Annual report on the lock hospitals of the Madras Presidency
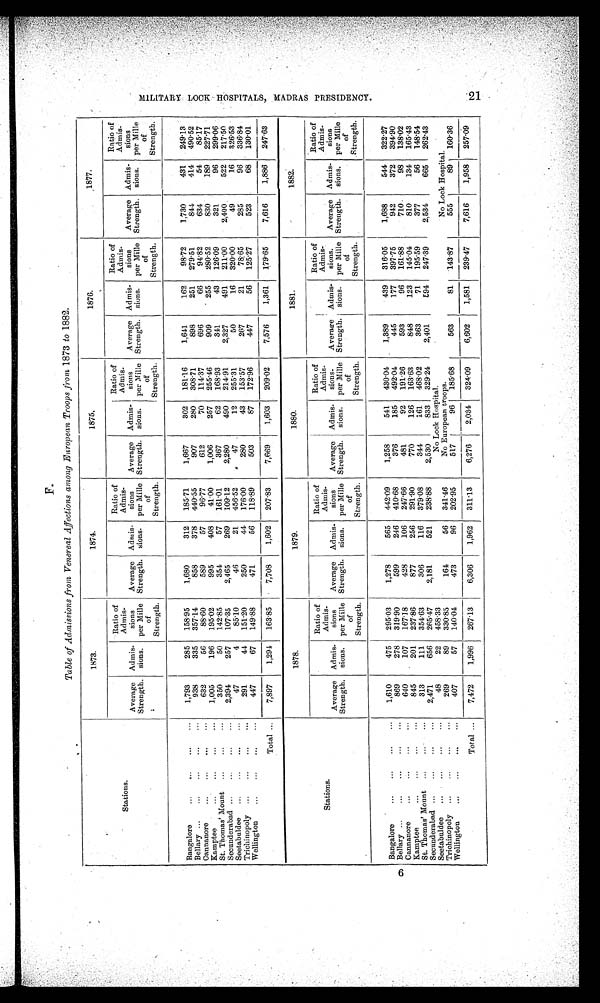
Stations.
1873.
1874.
1875.
1876.
1877.
Average
Strength.
Admis-
sions.
Ratio of
Admis-
sions
per Mille
of
Strength.
Average
Strength.
Admis-
sions.
Ratio of
Admis-
sions
per Mille
of
Strength.
Average
Strength.
Admis-
sions.
Ratio of
Admis-
sions
per Mille
of
Strength.
Average
Strength.
Admis-
sions.
Ratio of
Admis-
sions
per Mille
of
Strength.
Average
Strength.
Admis-
sions.
Ratio of
Admis-
sions
per Mille
of
Strength.
Bangalore
...
...
...
1,793
285
158.95
1,680
312
185.71
1,667
302
181.16
1,641
162
98.72
1,730
431
249.13
Bellary ...
...
...
...
...
938
335
357. 14
858
378
440.55
907
280
308.71
898
251
279.51
844
414
490.52
Cannanore
...
...
...
...
632
56
88.60
589
57
96.77
612
70
114.37
696
66
94.82
634
54
85.17
Kamptee
...
...
...
...
1,005
196
195.02
995
408
41.00
1,006
257
255.46
909
255
280.52
830
189
227.71
St. Thomas' Mount ...
...
...
350
50
142.85
354
57
161 .01
367
62
168.93
341
43
126.09
321
96
299.06
Secunderabad ...
...
...
2,394
257
107.35
2,465
269
109. 12
2,280
490
214 91
2,327
491
211.00
2,400.
522
217.50
Seetabuldee ...
...
...
...
47
4
85.10
46
21
456.52
47
12
255.31
50
16
320.00
49
16
326.53
Trichinopoly ...
...
...
...
291
44
151 .20
250
44
176.00
280
43
153.57
267
21
78.65
285
96
336.84
Wellington
...
...
...
...
447
67
149.88
471
56
118.89
503
87
172.96
447
56
125.27
523
68
130.01
Total ...
7,897
1,294
163 .85
7,708
1,602
207 .83
7,669
1,603
209.02
7,576
1,361
179.65
7,616
1,886
247.63
Stations.
1878.
1879.
1880.
1881.
1882.
Average
Strength.
Admis-
sions.
Ratio of
Admis-
sions
per Mile
of'
Strength.
Average
Strength.
Admis-
sions.
Ratio of
Admis-
sions
per Mille
of
Strength.
Average
Strength.
Admis-
sions.
Ratio of
Admis-
sions
. per Mille
of
Strength.
Average
Strength.
Admis-
sions.
Ratio of
Admis-
sions.
per Mille
of
Strength.
Average
Strength.
Admis-
sions.
Ratio of
Admis-
sions
per Mille
of
Strength.
Bangalore
...
...
...
...
1,610
475
295.03
1,278
565
442.09
1,258
541
430.04
1,389
439
316.05
1,688
544
322.27
Bellary ...
...
...
...
...
869
278
319.90
599
246
410. 68
376
185
492.04
445
177
397 .75
942
372
394.90
Cannanore
...
...
...
640
107
167.18
428
106
247.66
481
92
191.26
593
96
161.88
710.
98
138.02
Kamptee
...
...
...
...
845
201
237.86
877
256
291.90
770
126
163.63
848
123
145.04
810
134
165.43
St. Thomas' Mount
... ... ...
313
111
354.63
306
116
379.08
344
161
468.02
363
71
195.59
377
56
148.54
Secunderabad ...
...
...
2,471
656
265.47
2,181
521
238.88
2,530
833
329 .24
2,401
594
247.39
2,534
665
262.43
Seetabuldee ...
...
...
...
48
22
458. 33
No Lock Hospital.
Trichinopoly ...
...
...
... 269
89
330.85
164
56
341.46
No European troops.
No Lock Hospital.
Wellington
...
...
...
...
407
57
140.04
473
96
202.95
517
96
185. 68
563
81
143.87
555
89
160.36
Total ...
7,472
1,996
267. 13
6,306
1,962
311.13
6,276
2,034
324.09
6,602
1,581
239.47
7,616
1,958
2 5 7 . 0 9
M I L I T A R Y L O C K H O S P I T A L S , M A D R A S P R E S I D E N C Y . 2 1 .
F.
Table of Admissions from Venereal Affections among European Troops from 1873 to 1882.